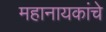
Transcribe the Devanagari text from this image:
महानायकांचे